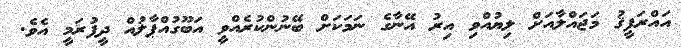
އައްރަފީޤު މަޖައްލާއަށް ލިޔުއްވި އިރު އޭނާގެ ނަމަކަށް ބޭނުންކުރެއްވީ އަބޫގުއްޕާލުއް ދީފުރަމީ އެވެ.